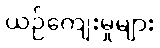
ယဉ်ကျေးမှုများ